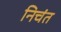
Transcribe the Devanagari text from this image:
निचंत